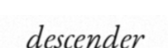
descender